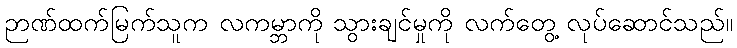
ဉာဏ်ထက်မြက်သူက လကမ္ဘာကို သွားချင်မှုကို လက်တွေ့ လုပ်ဆောင်သည်။